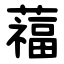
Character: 䕐